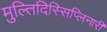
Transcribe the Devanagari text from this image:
मुल्तिदिस्सिप्लिनारी